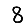
Digit: 8